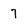
Character: 7